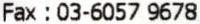
FAX : 03-6057 9678